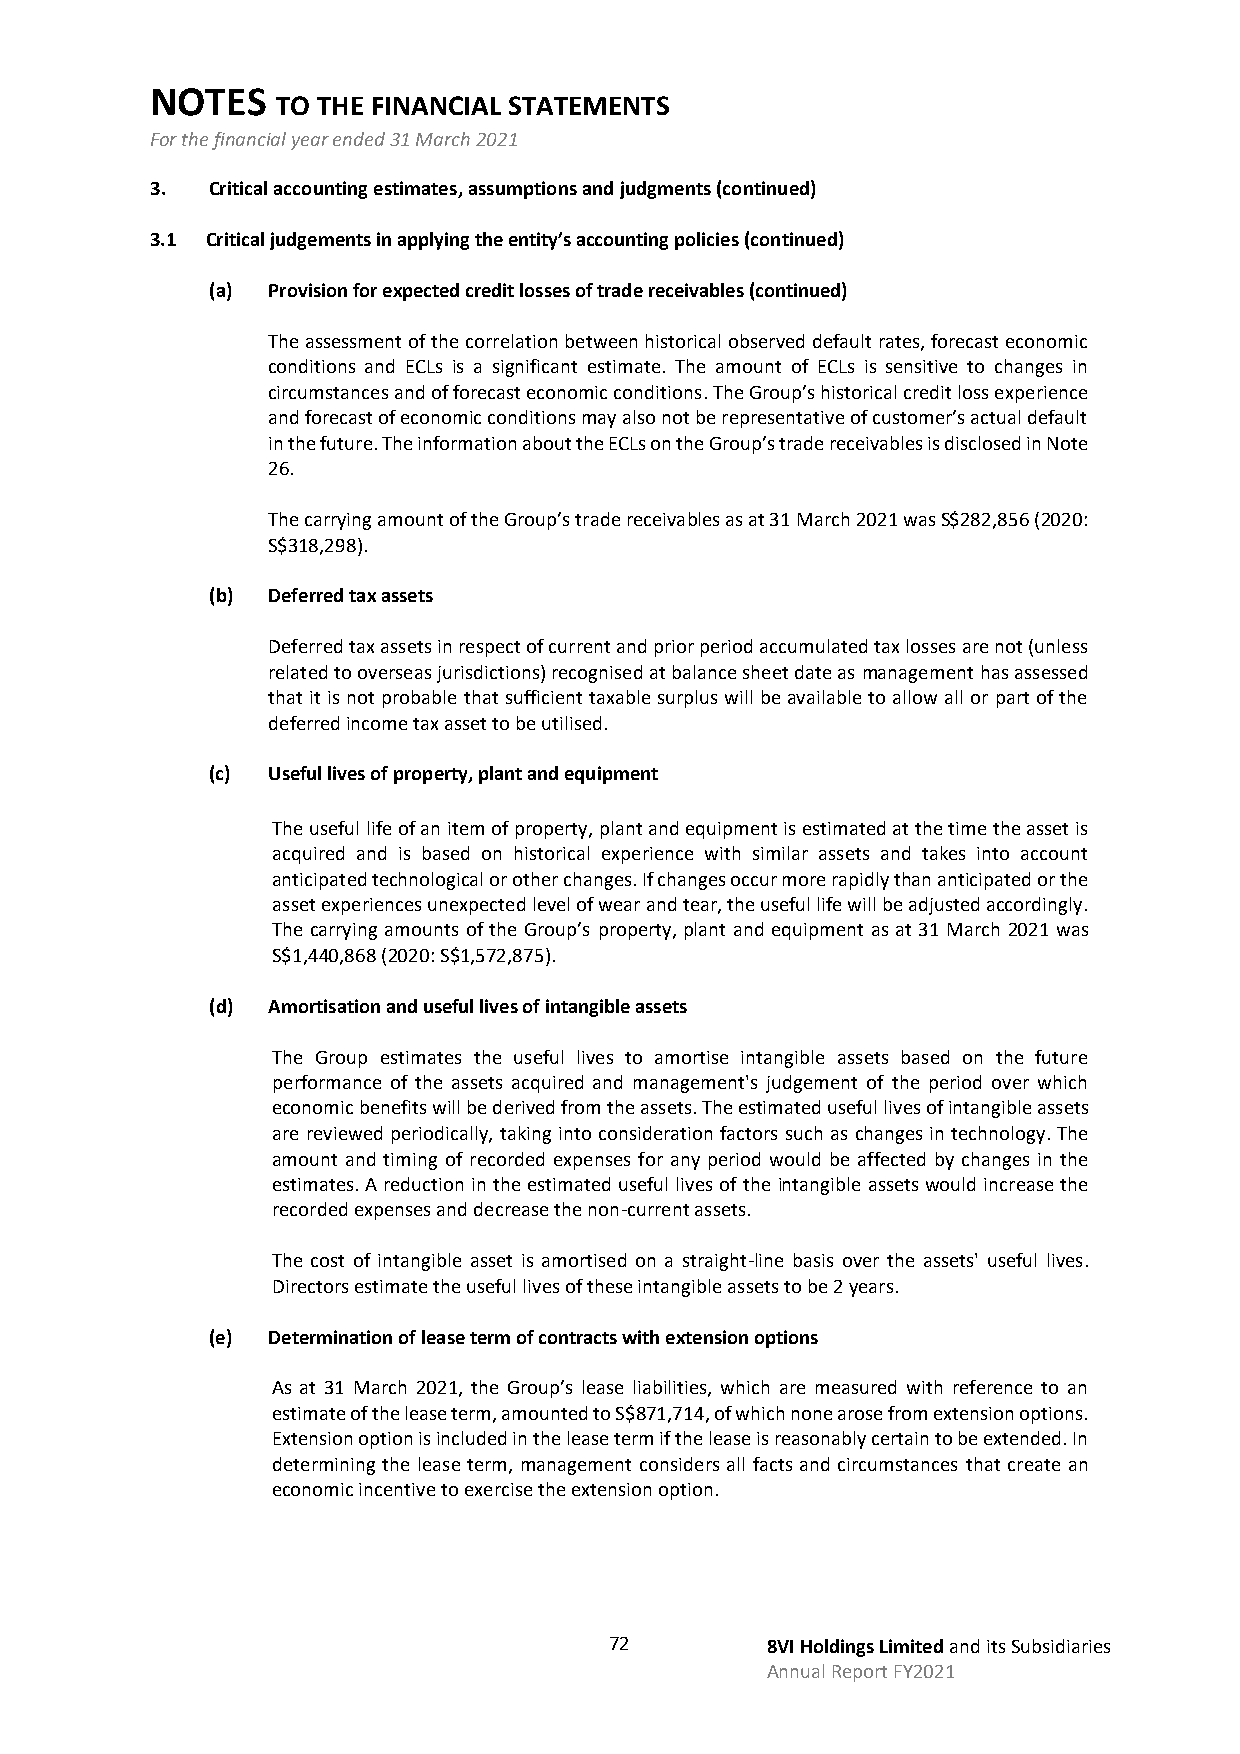
NOTES
 TO THE FINANCIAL STATEMENTS
 For the financial year ended 31 March 2021
 3.  Critical accounting estimates, assumptions and judgments (continued)
 3.1 Critical judgements in applying the entity’s accounting policies (continued)
 (a) Provision for expected credit losses of trade receivables (continued)
 The assessment of the correlation between historical observed default rates, forecast economic
 conditions and ECLs is a significant estimate. The amount of ECLs is sensitive to changes in
 circumstances and of forecast economic conditions. The Group’s historical credit loss experience
 and forecast of economic conditions may also not be representative of customer’s actual default
 in the future. The information about the ECLs on the Group’s trade receivables is disclosed in Note
 26.
 The carrying amount of the Group’s trade receivables as at 31 March 2021 was S$282,856 (2020:
 S$318,298).
 (b) Deferred tax assets
 Deferred tax assets in respect of current and prior period accumulated tax losses are not (unless
 related to overseas jurisdictions) recognised at balance sheet date as management has assessed
 that it is not probable that sufficient taxable surplus will be available to allow all or part of the
 deferred income tax asset to be utilised.
 (c) Useful lives of property, plant and equipment
 The useful life of an item of property, plant and equipment is estimated at the time the asset is
 acquired and is based on historical experience with similar assets and takes into account
 anticipated technological or other changes. If changes occur more rapidly than anticipated or the
 asset experiences unexpected level of wear and tear, the useful life will be adjusted accordingly.
 The carrying amounts of the Group’s property, plant and equipment as at 31 March 2021 was
 S$1,440,868 (2020: S$1,572,875).
 (d) Amortisation and useful lives of intangible assets
 The Group estimates the useful lives to amortise intangible assets based on the future
 performance of the assets acquired and management's judgement of the period over which
 economic benefits will be derived from the assets. The estimated useful lives of intangible assets
 are reviewed periodically, taking into consideration factors such as changes in technology. The
 amount and timing of recorded expenses for any period would be affected by changes in the
 estimates. A reduction in the estimated useful lives of the intangible assets would increase the
 recorded expenses and decrease the non-current assets.
 The cost of intangible asset is amortised on a straight-line basis over the assets' useful lives.
 Directors estimate the useful lives of these intangible assets to be 2 years.
 (e) Determination of lease term of contracts with extension options
 As at 31 March 2021, the Group’s lease liabilities, which are measured with reference to an
 estimate of the lease term, amounted to S$871,714, of which none arose from extension options.
 Extension option is included in the lease term if the lease is reasonably certain to be extended. In
 determining the lease term, management considers all facts and circumstances that create an
 economic incentive to exercise the extension option.
 72         8VI Holdings Limited and its Subsidiaries
 Annual Report FY2021